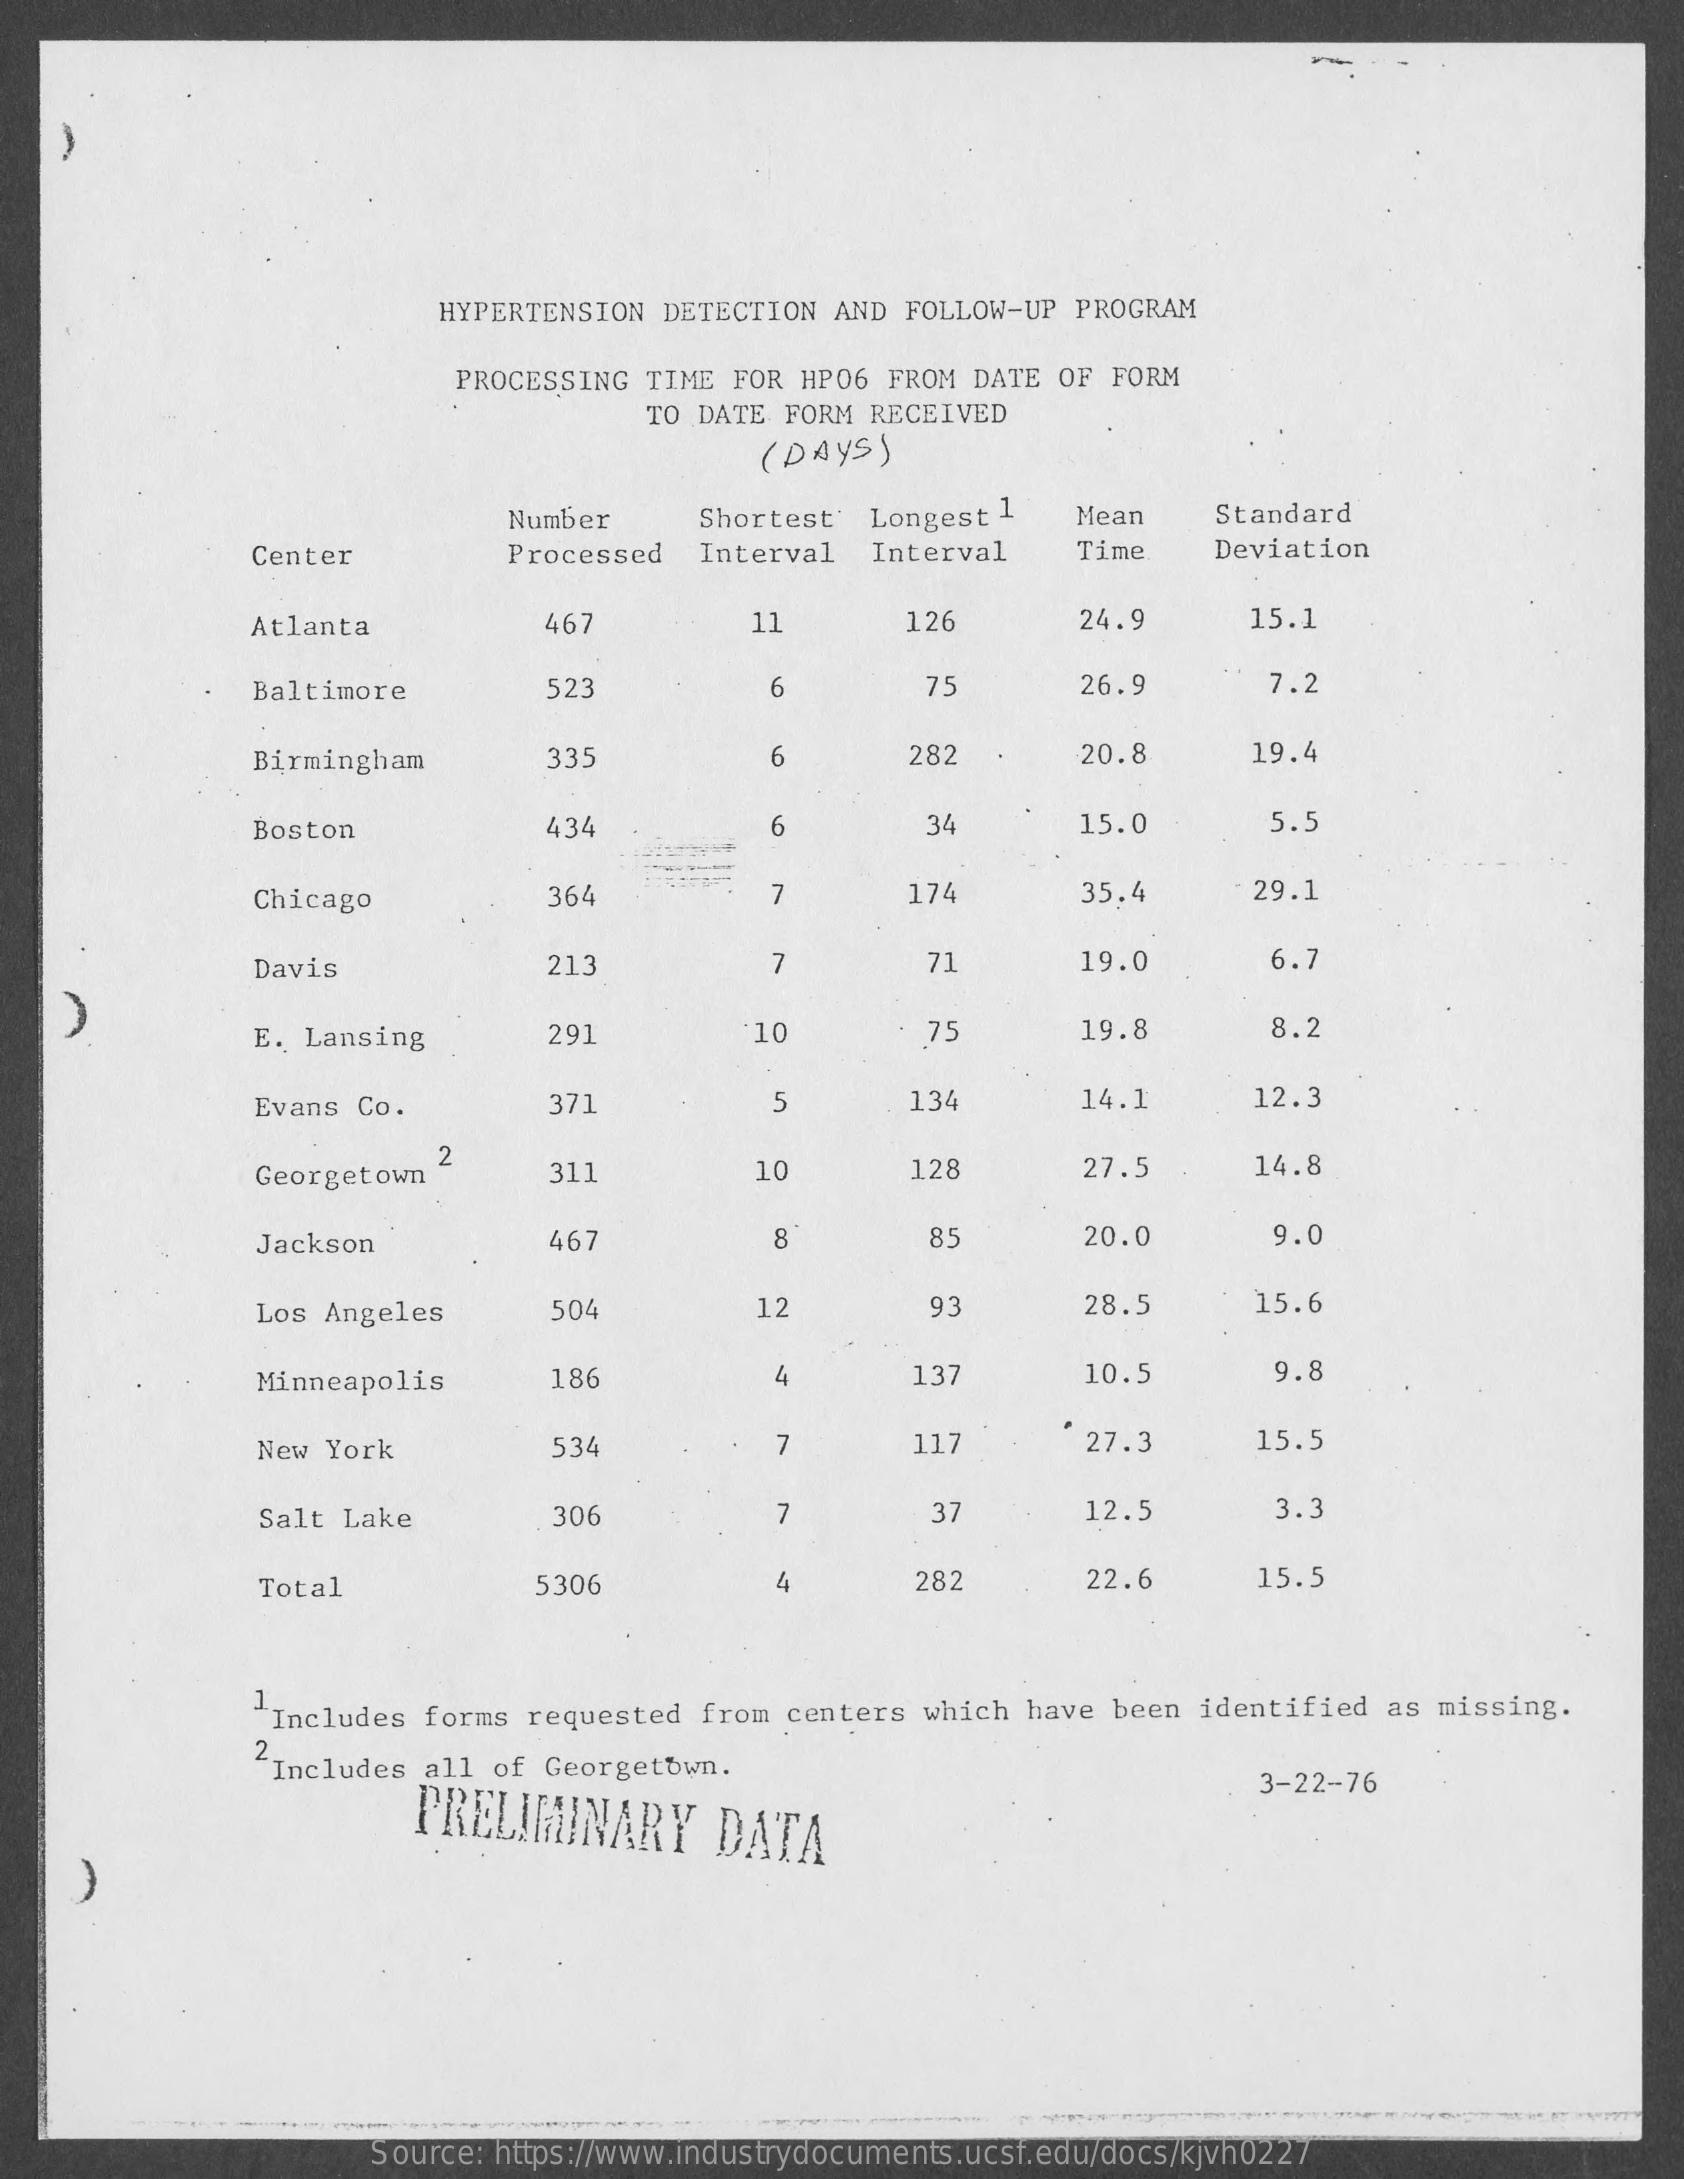
HYPERTENSION DETECTION AND FOLLOW-UP PROGRAM
     PROCESSING TIME FOR HP06 FROM DATE OF FORM
     TO DATE FORM RECEIVED
     ( DAYS )
     Number    Shortest' Longest 1 Mean  Standard
     Center    Processed Interval Interval  Time   Deviation
     Atlanta    467    11    126    24.9    15.1
     Baltimore    523    6    75    26.9    7.2
     Birmingham    335    6    282    20.8    19.4
     Boston    434    6    34    15.0    5.5
     Chicago    364    174    35.4    29.1
     Davis    213    7    71    19.0    6.7
     E. Lansing    291    10    75    19.8    8.2
     Evans Co.    371    5    134    14.1    12.3
     Georgetown
     2
     311    10    128    27.5    14.8
     Jackson    467    8    85    20.0    9.0
     Los Angeles    504    12    93    28.5    15.6
     Minneapolis    186    137    10.5    9.
     New York    534    7    117    27.3    15.5
     Salt Lake    306    7    37    12.5    3.3
     Total    5306    4    282    22.6    15.5
     "Includes forms requested from centers which have been identified as missing.
     Includes all of Georgetown.
     PRELIMINARY    DATA
     3-22-76
     Source: https://www.industrydocuments.ucsf.edu/docs/kjvh0227